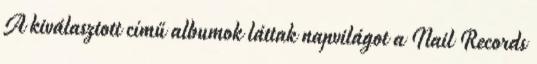
A kiválasztott című albumok láttak napvilágot a Nail Records